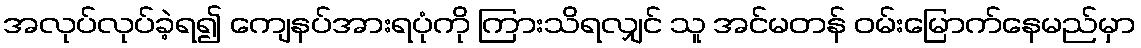
အလုပ်လုပ်ခဲ့ရ၍ ကျေနပ်အားရပုံကို ကြားသိရလျှင် သူ အင်မတန် ဝမ်းမြောက်နေမည်မှာ